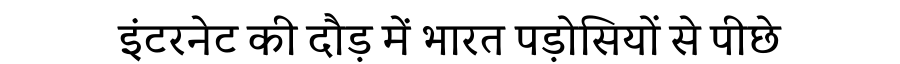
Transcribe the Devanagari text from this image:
इंटरनेट की दौड़ में भारत पड़ोसियों से पीछे